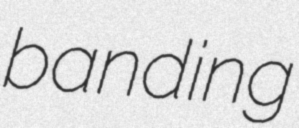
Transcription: banding